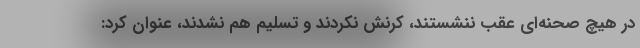
در هیچ صحنه‌ای عقب ننشستند، کرنش نکردند و تسلیم هم نشدند، عنوان کرد: